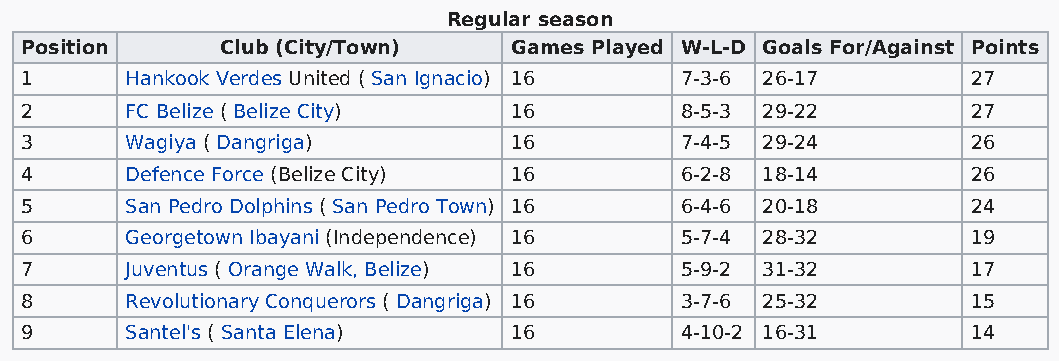
Regular season
 Position      Club (City/Town)   Games Played W-L-D Goals For/Against Points
 1      Hankook Verdes United ( San Ignacio) 16 7-3-6 26-17     27
 2      FC Belize ( Belize City)  16         8-5-3 29-22        27
 3      Wagiya ( Dangriga)        16         7-4-5 29-24        26
 4      Defence Force (Belize City) 16       6-2-8 18-14        26
 5      San Pedro Dolphins ( San Pedro Town) 16 6-4-6 20-18     24
 6      Georgetown Ibayani (Independence) 16 5-7-4 28-32        19
 7      Juventus ( Orange Walk, Belize) 16   5-9-2 31-32        17
 8      Revolutionary Conquerors ( Dangriga) 16 3-7-6 25-32     15
 9      Santel's ( Santa Elena)   16         4-10-2 16-31       14